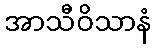
အာသီဝိသာနံ